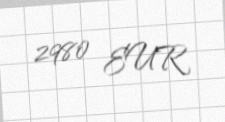
2980 EUR